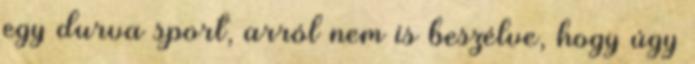
egy durva sport, arról nem is beszélve, hogy úgy